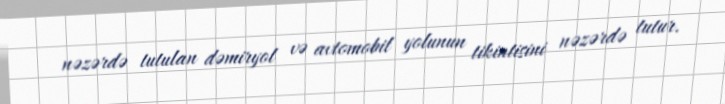
nəzərdə tutulan dəmiryol və avtomobil yolunun tikintisini nəzərdə tutur.